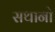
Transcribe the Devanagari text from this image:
सथानो